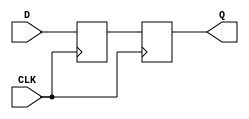
module TwoFF_Metastability_Detector (
    input wire D,     // Asynchronous input signal
    input wire CLK,   // Local clock signal
    output wire Q     // Stable output signal
);

    // First flip-flop: samples the asynchronous input signal D
    reg FF1; // Intermediate signal for the first flip-flop
    always @(posedge CLK) begin
        FF1 <= D; // Capture the value of D on the rising edge of CLK
    end

    // Second flip-flop: samples the output of FF1
    reg FF2; // Intermediate signal for the second flip-flop
    always @(posedge CLK) begin
        FF2 <= FF1; // Capture the value of FF1 on the next rising edge of CLK
    end

    // Assign the output signal Q to the output of the second flip-flop
    assign Q = FF2;

endmodule